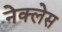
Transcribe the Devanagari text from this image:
नेक्लेस